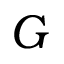
G